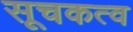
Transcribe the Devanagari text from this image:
सूचकत्व